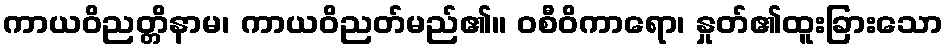
ကာယဝိညတ္တိနာမ၊ ကာယဝိညတ်မည်၏။ ဝစီဝိကာရော၊ နှုတ်၏ထူးခြားသော